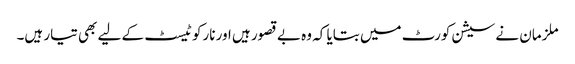
ملزمان نے سیشن کورٹ میں بتایا کہ وہ بے قصور ہیں اور نارکو ٹیسٹ کے لیے بھی تیار ہیں۔